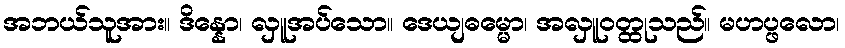
အဘယ်သူအား။ ဒိန္နော၊ လှူအပ်သော။ ဒေယျဓမ္မော၊ အလှူဝတ္ထုသည်။ မဟပ္ဖလော၊